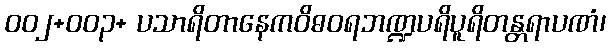
၀၀၂+၀၀၃+ ပသာရိတာနေကဝိဓဝရဘဏ္ဍပရိပူရိတန္တရာပဏံ၊